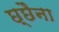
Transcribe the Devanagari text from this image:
छ्छैना